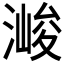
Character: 𱧶